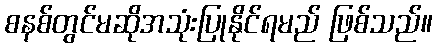
စနစ်တွင်မဆိုအသုံးပြုနိုင်ရမည် ဖြစ်သည်။